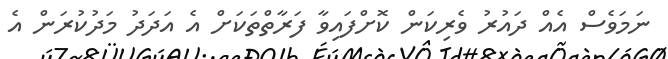
ނަމަވެސް އެއް ދައުރު ވެރިކަން ކޮށްފައިވާ ފަރާތްތަކަށް އެ އަދަދު މަދުކުރަން އެ